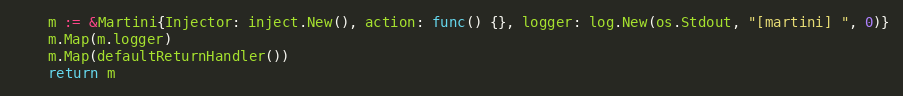
Language: Go
	m := &Martini{Injector: inject.New(), action: func() {}, logger: log.New(os.Stdout, "[martini] ", 0)}
	m.Map(m.logger)
	m.Map(defaultReturnHandler())
	return m